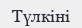
Түлкіні